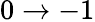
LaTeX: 0\rightarrow-1